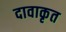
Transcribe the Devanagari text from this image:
दावाकृत